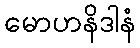
မောဟနိဒါနံ